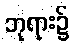
ဘုရား၌